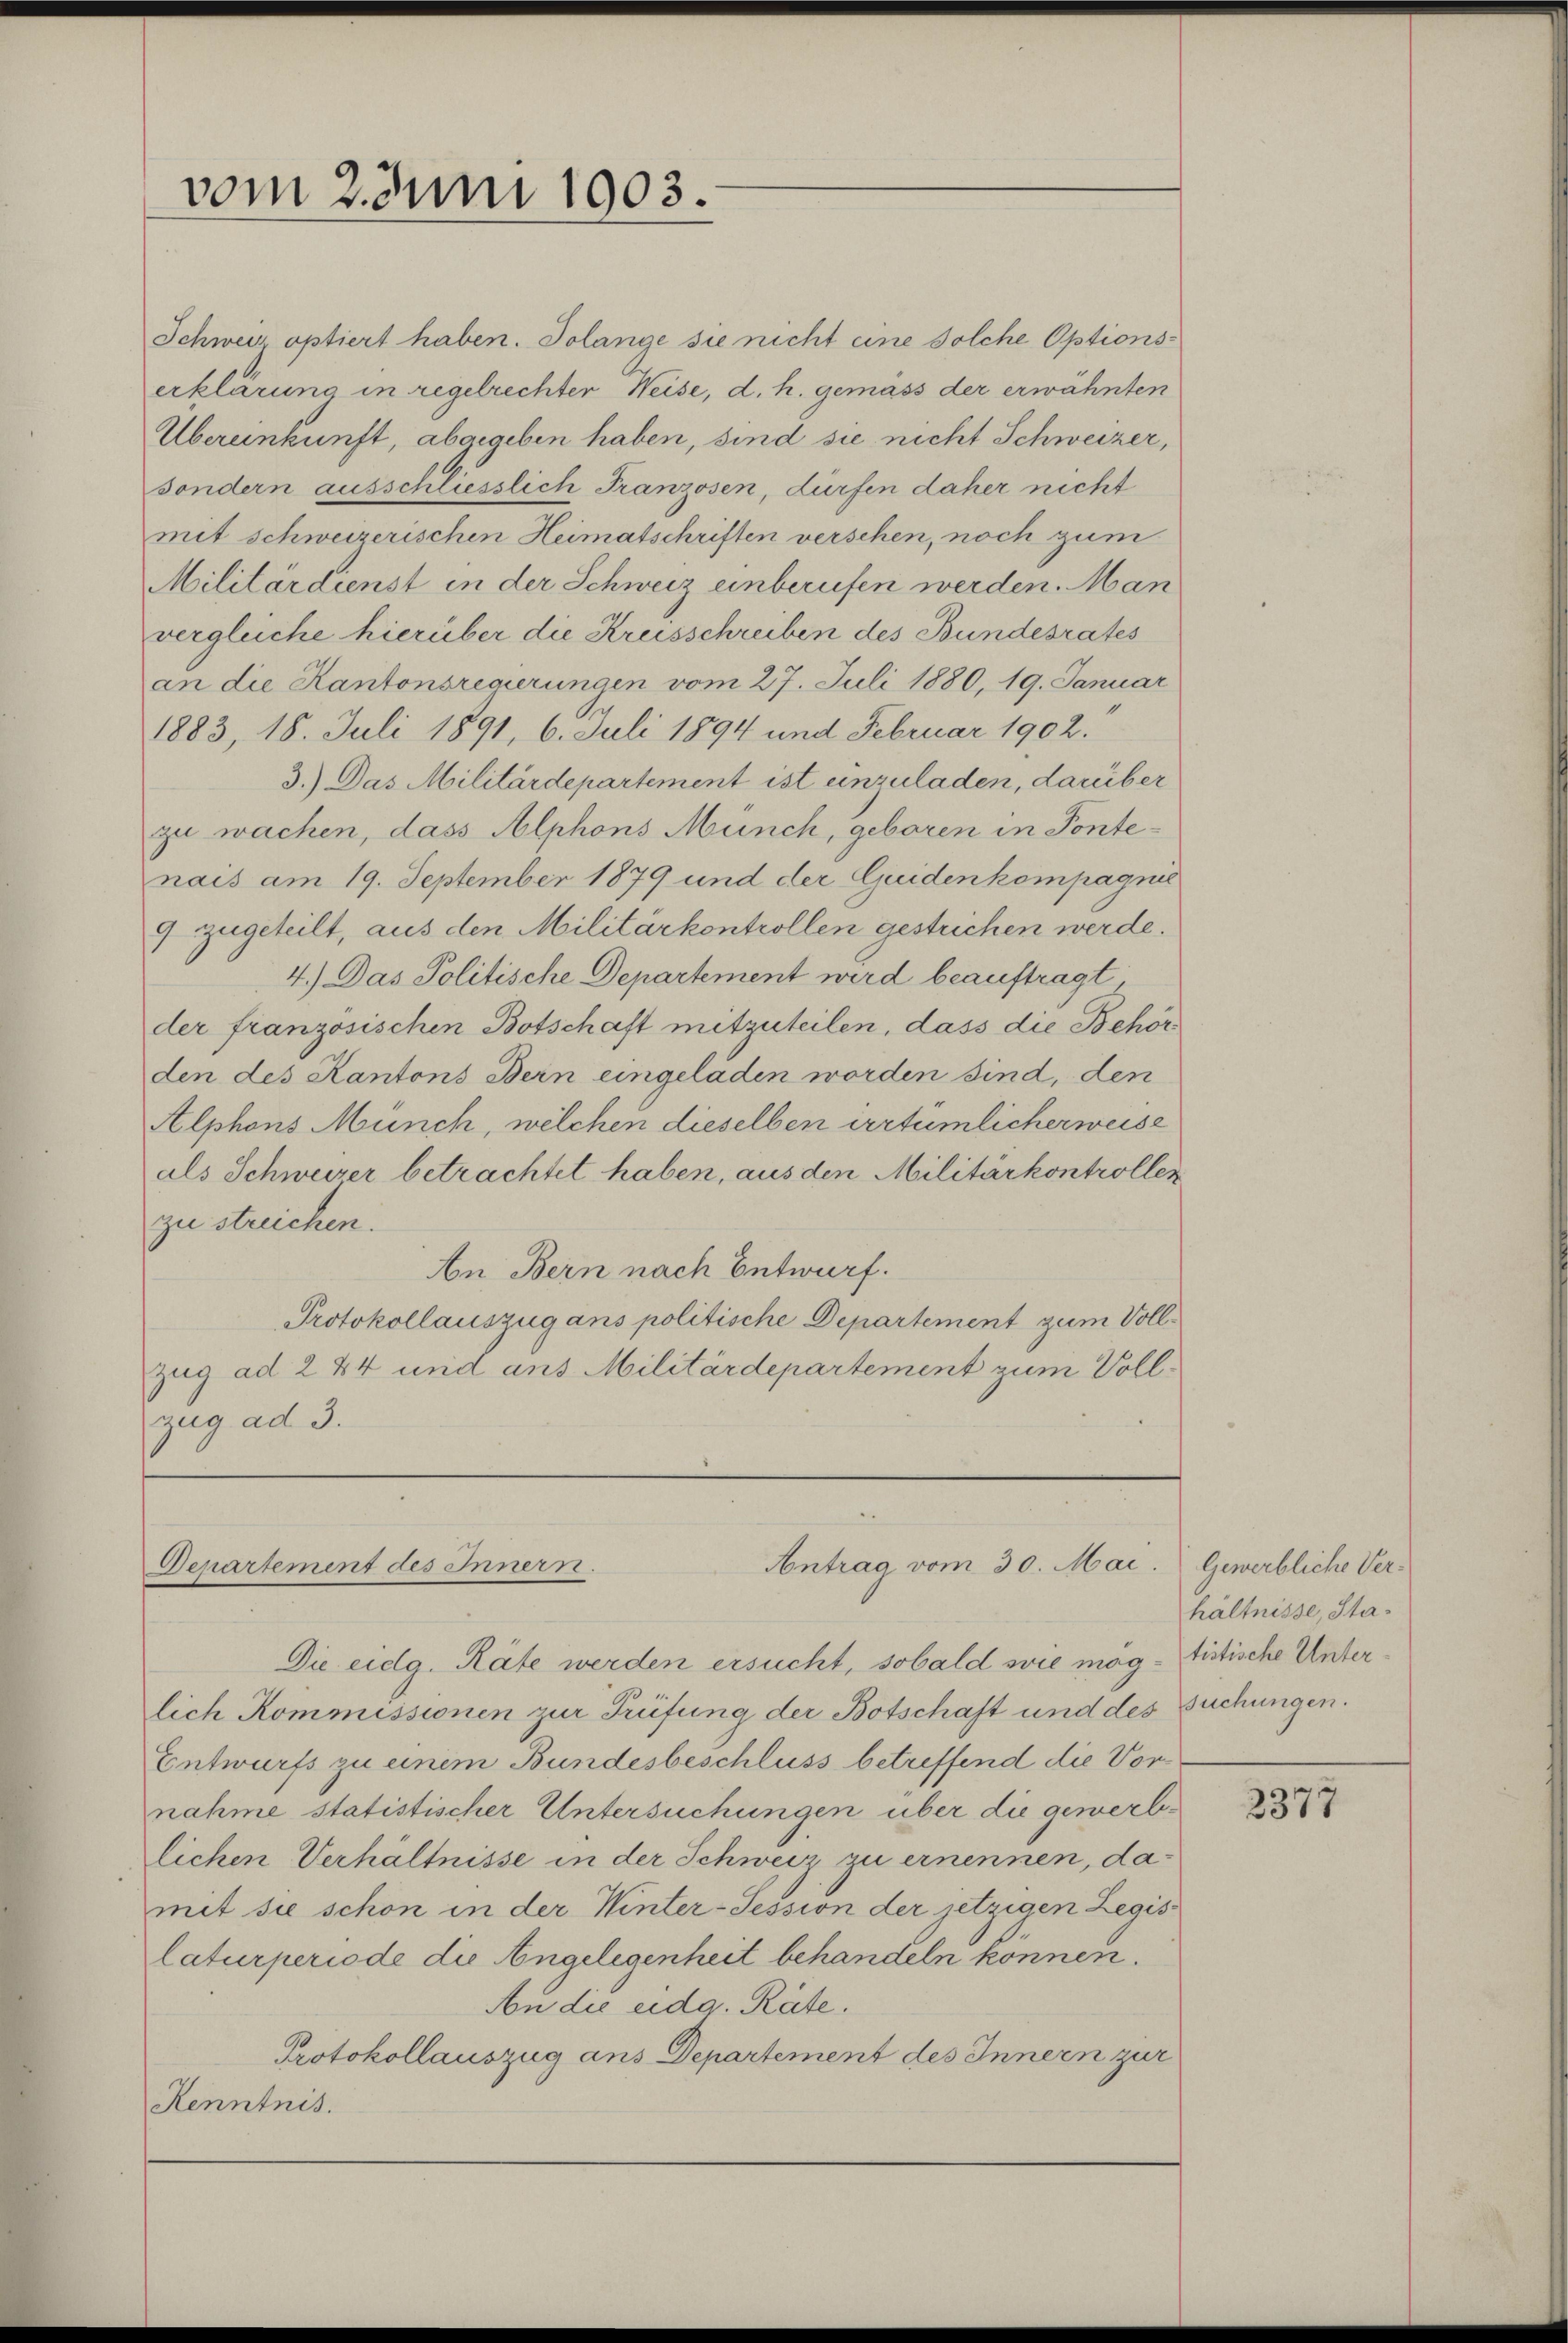
vom 2. Juni 1903.

Schweiz optiert haben. Solange sie nicht eine solche Optionserklärung in regelrechter Weise, d. h. gemäss der erwähnten
Übereinkunft, abgegeben haben, sind sie nicht Schweizer,
sondern ausschliesslich Franzosen, dürfen daher nicht
mit schweizerischen Heimatschriften verschen, noch zum
Militärdienst in der Schweiz einberufen werden. Man
vergleiche hierüber die Kreisschreiben des Bundesrates
an die Kantonsregierungen vom 27. Juli 1880, 19. Januar
1883, 18. Juli 1891, 6. Juli 1894 und Februar 1902.
3.) Das Militärdepartement ist einzuladen, darüber
zu wachen, dass Alphons Münch, geboren in Pontenais am 19. September 1879 und der Guiden kompagnie
4 zugeteilt, aus den Militärkontrollen gestrichen werde.
4.) Das Politische Departement wird beauftragt
der französischen Botschaft mitzuteilen, dass die Behör
den des Kantons Bern eingeladen worden sind, den
Alphons Münch, welchen dieselben ertümlicher weise
als Schweizer betrachtet haben, aus den Militärkontrollen
zu streichen.
An Bern nach Entwurf.
Protokollauszug ans politische Departement zum Voll¬
Zug ad 244 und aus Militärdepartement zum Vollzug ad 3.

Antrag vom 30. Mai. Gewerbliche Ver¬
Departement des Innern.

Die eidg. Räte werden ersucht, sobald sie mag - Sistische Unterlich Kommissionen zur Prüfung der Botschaft und des Suchungen.
Entwurfs zu einem Bundesbeschluss betreffend die Vor
nahme statistischer Untersuchungen über die gewerblichen Verhältnisse in der Schweiz zu ernennen, damit sie schon in der Winter-Tession der jetzigen Legis
laturperiode die Angelegenheit behandeln können.
An die eidg. Räte.
Protokollauszug ans Departement des Innern zur
Kenntnis.

hältnisse, Sta¬

2377